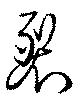
裂